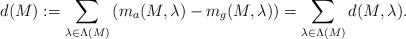
LaTeX: \begin{align*}d(M):=\sum_{\lambda\in\Lambda(M)}\left(m_{a}(M,\lambda)-m_{g}(M,\lambda)\right)=\sum_{\lambda\in\Lambda(M)}d(M,\lambda).\end{align*}